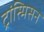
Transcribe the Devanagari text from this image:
ट्रांस्मिसन